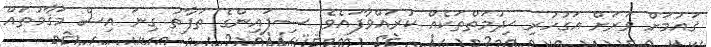
ޤައުމަށް ވަރަށް އަގުހުރި ޚިދުމަތްތަކެއް ކުރައްވާފައެވެ. ސިފައިންގެ ތަފާތު ގިނަ އިސް މަޤާމުތައް